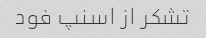
تشکر از اسنپ فود